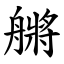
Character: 䒂